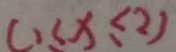
( 1 \leq x \leq 2 )